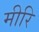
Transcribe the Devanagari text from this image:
मीरि